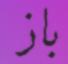
باز